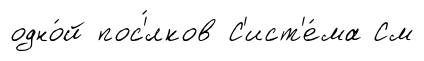
одно́й пос'́лков С'ист'е́ма См